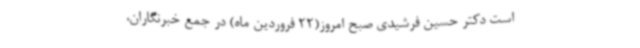
است دکتر حسین فرشیدی صبح امروز(22 فروردین ماه) در جمع خبرنگاران،